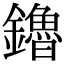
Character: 鑥